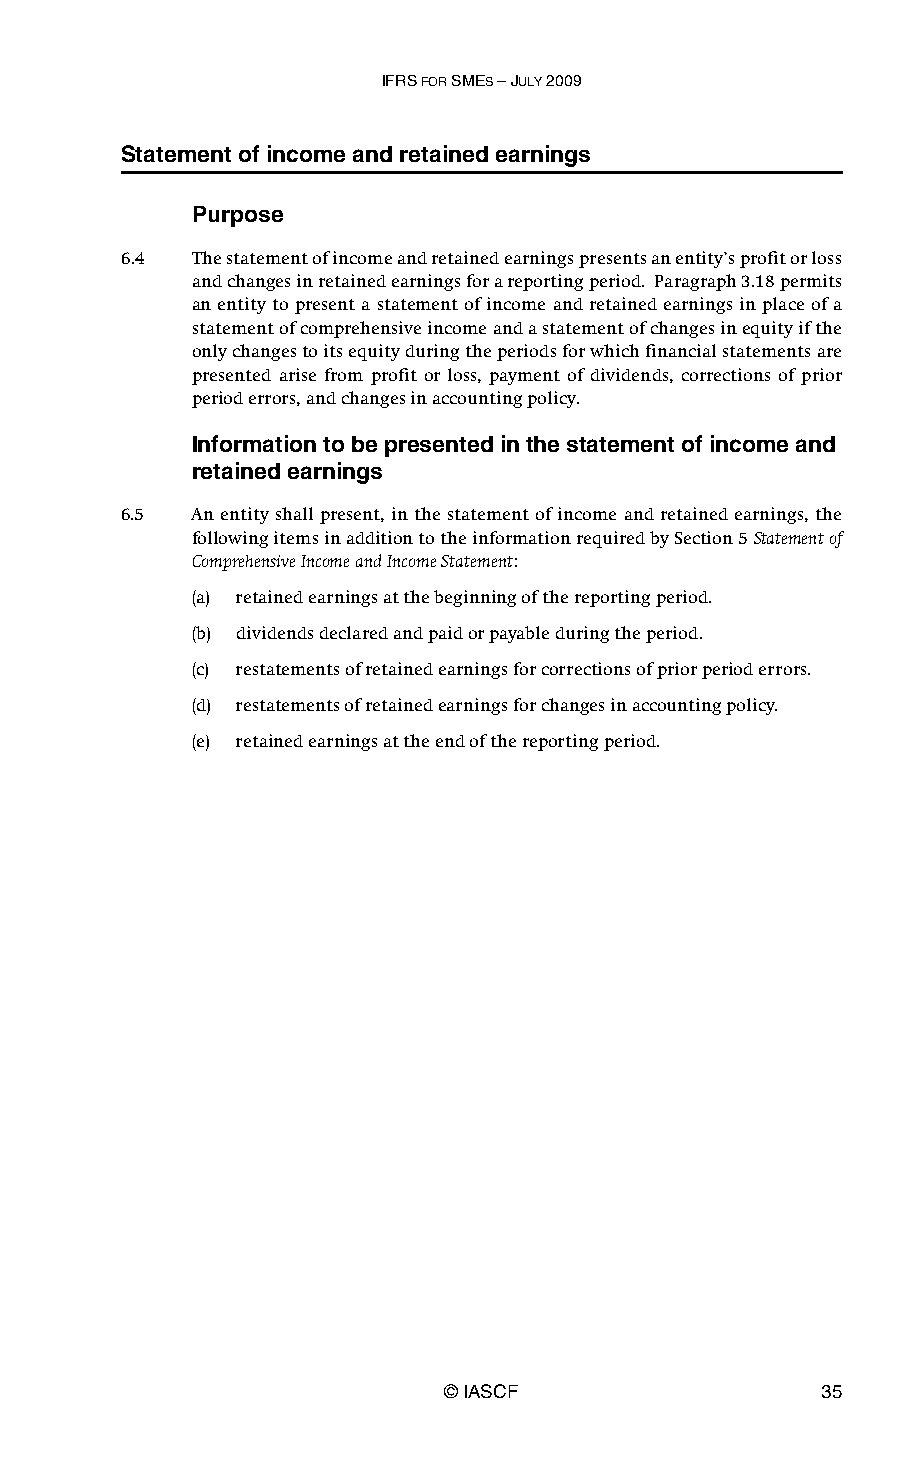
IFRS FOR SMES – JULY 2009
 Statement of income and retained earnings
 Purpose
 6.4  The statement of income and retained earnings presents an entity’s profit or loss
 and changes in retained earnings for a reporting period. Paragraph 3.18 permits
 an entity to present a statement of income and retained earnings in place of a
 statement of comprehensive income and a statement of changes in equity if the
 only changes to its equity during the periods for which financial statements are
 presented arise from profit or loss, payment of dividends, corrections of prior
 period errors, and changes in accounting policy.
 Information to be presented in the statement of income and
 retained earnings
 6.5  An entity shall present, in the statement of income and retained earnings, the
 following items in addition to the information required by Section 5 Statement of
 Comprehensive Income and Income Statement:
 (a) retained earnings at the beginning of the reporting period.
 (b) dividends declared and paid or payable during the period.
 (c) restatements of retained earnings for corrections of prior period errors.
 (d) restatements of retained earnings for changes in accounting policy.
 (e) retained earnings at the end of the reporting period.
 © IASCF                  35